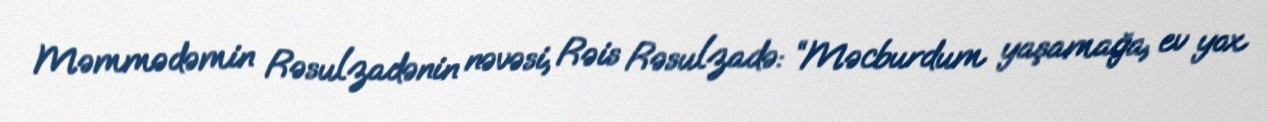
Məmmədəmin Rəsulzadənin nəvəsi, Rəis Rəsulzadə: “Məcburdum yaşamağa, ev yox